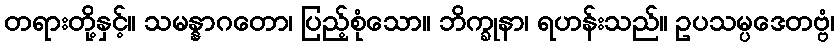
တရားတို့နှင့်။ သမန္နာဂတော၊ ပြည့်စုံသော။ ဘိက္ခုနာ၊ ရဟန်းသည်။ ဥပသမ္ပဒေတဗ္ဗံ၊